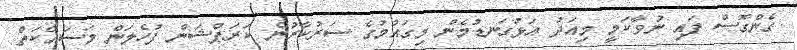
ގެންގޮސް ފައި ނުވާކަމީ މިއަދު އަޅުގަނޑުމެން މިގައުމުގެ ސަރުކާރުން ކަރަޕްޝަން ފުހެލަން މަސައްކަތް